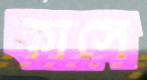
কাসে